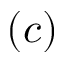
( c )